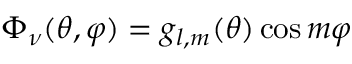
\Phi _ { \nu } ( \theta , \varphi ) = g _ { l , m } ( \theta ) \cos { m \varphi }